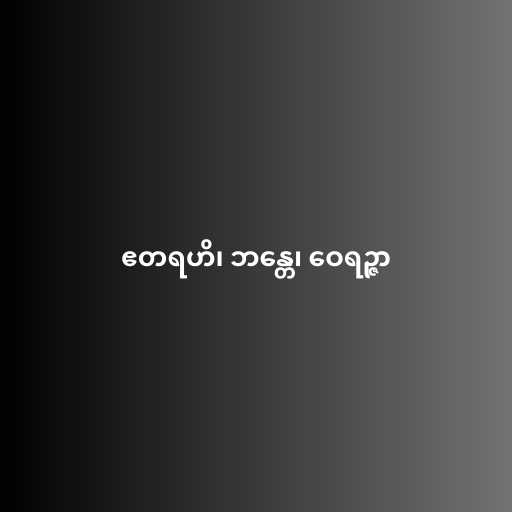
ဧတရဟိ၊ ဘန္တေ၊ ဝေရဉ္ဇာ